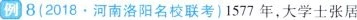
例}8(2018.河南洛阳名校联考)1577年，大学士张居